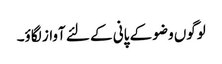
لوگوں وضو کے پانی کے لئے آواز لگاؤ۔